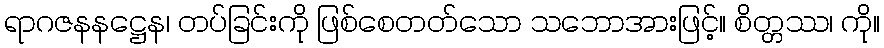
ရာဂဇနနဋ္ဌေန၊ တပ်ခြင်းကို ဖြစ်စေတတ်သော သဘောအားဖြင့်။ စိတ္တဿ၊ ကို။